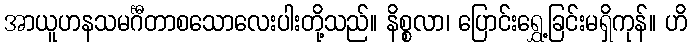
အာယူဟနသမင်္ဂီတာစသောလေးပါးတို့သည်။ နိစ္စလာ၊ ပြောင်းရွှေ့ခြင်းမရှိကုန်။ ဟိ